Problem: 8 × 9 = ?
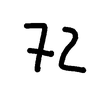
Handwritten answer: 72